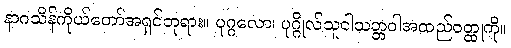
နာဂသိန်ကိုယ်တော်အရှင်ဘုရား။ ပုဂ္ဂလော၊ ပုဂ္ဂိုလ်သူငါသတ္တဝါအထည်ဝတ္ထုကို။